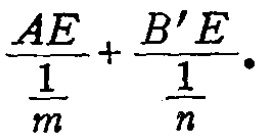
\(\frac{AE}{\frac{1}{m}}+\frac{B'E}{\frac{1}{n}}\)